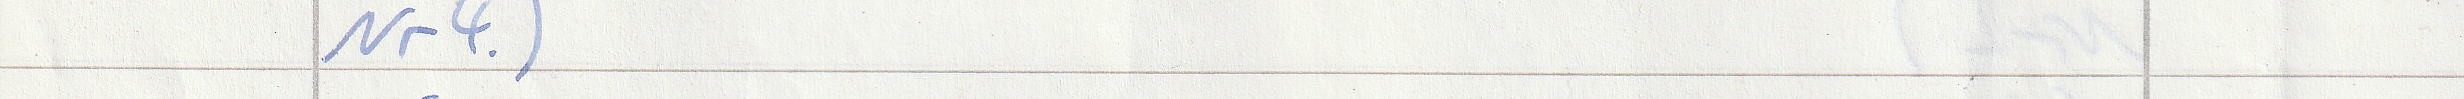
Nr4.)